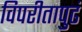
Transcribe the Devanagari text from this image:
विपरीतापुढं